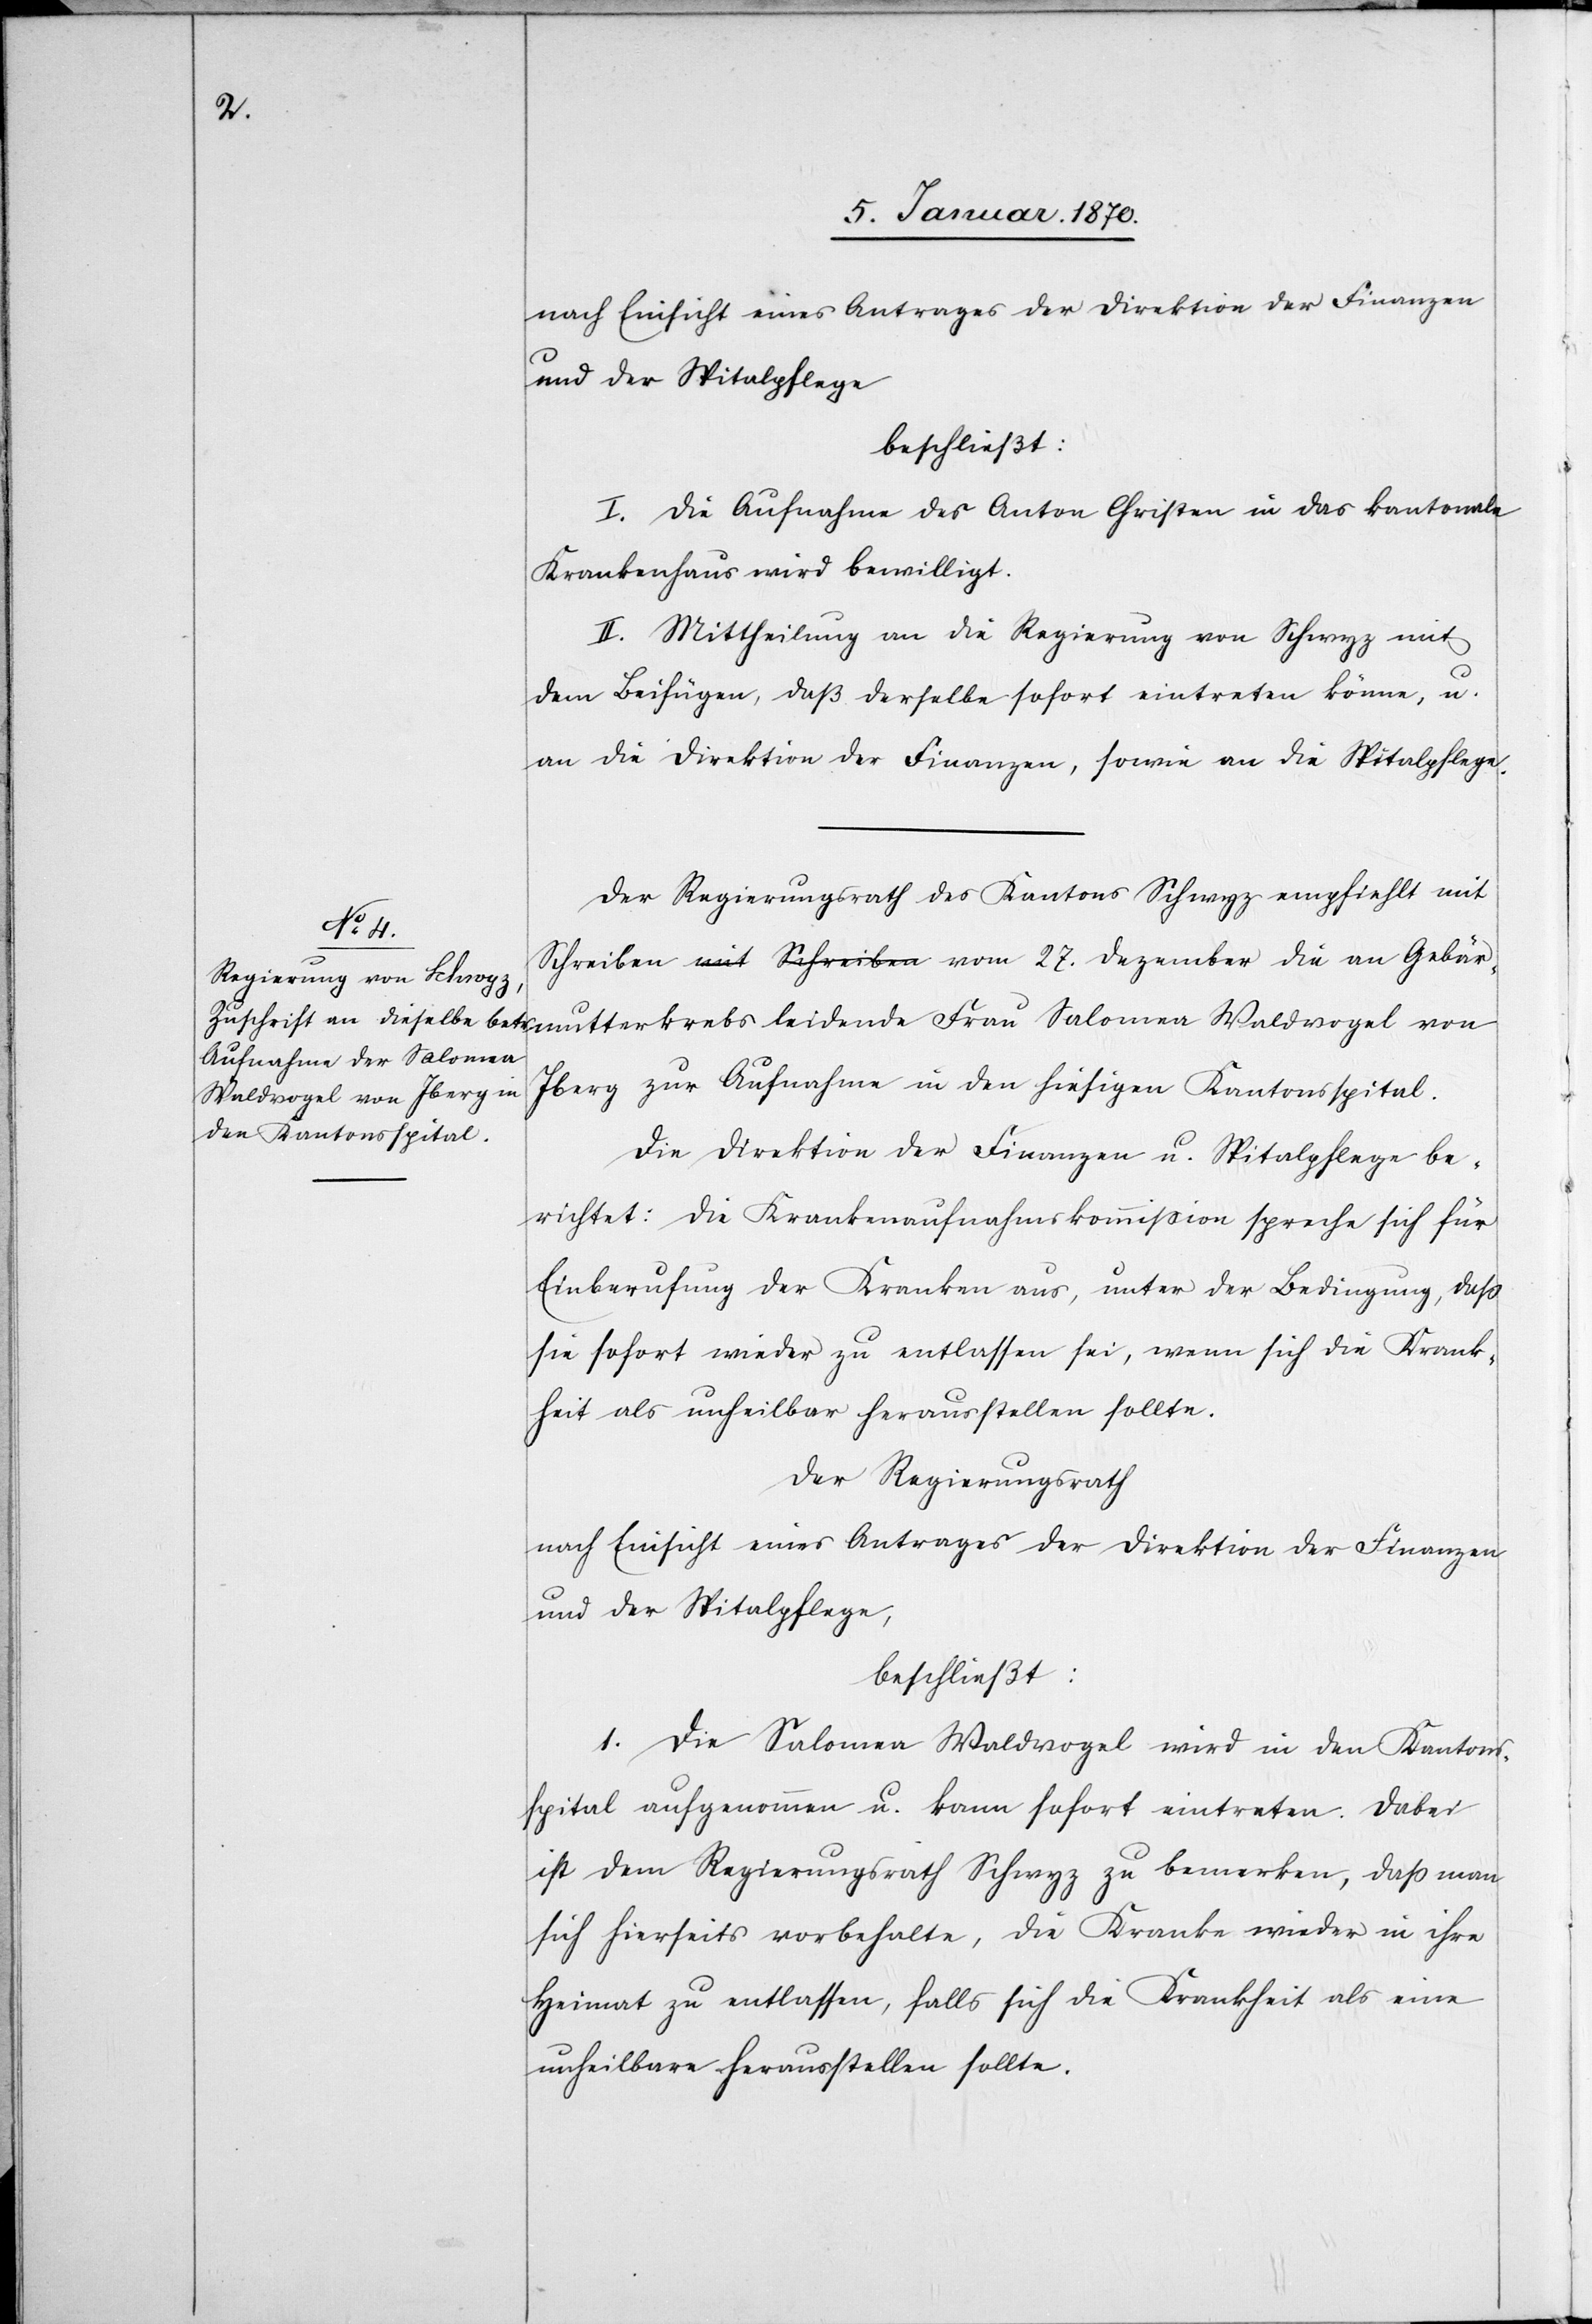
nach Einsicht eines Antrages der Direktion der Finanzen
und der Spitalpflege
beschließt:
I. Die Aufnahme des Anton Christen in das kantonale
Krankenhaus wird bewilligt.
II. Mittheilung an die Regierung von Schwyz mit
dem Beifügen, daß derselbe sofort eintreten könne, u.
an die Direktion der Finanzen, sowie an die Spitalpflege.
Der Regierungsrath des Kantons Schwyz empfiehlt mit
mutterkrebs
Schreiben vom 27. Dezember die an Gebär¬
Iberg zur Aufnahme in den hiesigen Kantonsspital.
Die Direktion der Finanzen u. Spitalpflege be¬
richtet: Die Krankenaufnahmskommission spreche sich für
Einberufung der Kranken aus, unter der Bedingung, daß
sie sofort wieder zu entlassen sei, wenn sich die Krank¬
heit als unheilbar herausstellen sollte.
Der Regierungsrath:
nach Einsicht eines Antrages der Direktion der Finanzen
und der Spitalpflege,
beschließt:
1. Die Salomea Waldvogel wird in den Kantons¬
spital aufgenommen u. kann sofort eintreten. Dabei
ist dem Regierungsrath Schwyz zu bemerken, daß man
sich hierseits vorbehalte, die Kranke wieder in ihre
Heimat zu entlassen, falls sich die Krankheit als eine
unheilbare herausstellen sollte.